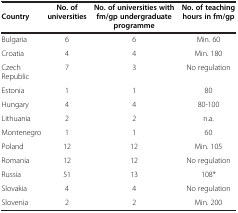
<table><thead><tr><td><b>Country</b></td><td><b>No. of universities</b></td><td><b>No. of universities with fm/gp undergraduate programme</b></td><td><b>No. of teaching hours in fm/gp</b></td></tr></thead><tbody><tr><td>Bulgaria</td><td>6</td><td>6</td><td>Min. 60</td></tr><tr><td>Croatia</td><td>4</td><td>4</td><td>Min. 180</td></tr><tr><td>Czech Republic</td><td>7</td><td>3</td><td>No regulation</td></tr><tr><td>Estonia</td><td>1</td><td>1</td><td>80</td></tr><tr><td>Hungary</td><td>4</td><td>4</td><td>80-100</td></tr><tr><td>Lithuania</td><td>2</td><td>2</td><td>n.a.</td></tr><tr><td>Montenegro</td><td>1</td><td>1</td><td>60</td></tr><tr><td>Poland</td><td>12</td><td>12</td><td>Min. 105</td></tr><tr><td>Romania</td><td>12</td><td>12</td><td>No regulation</td></tr><tr><td>Russia</td><td>51</td><td>13</td><td>108*</td></tr><tr><td>Slovakia</td><td>4</td><td>4</td><td>No regulation</td></tr><tr><td>Slovenia</td><td>2</td><td>2</td><td>Min. 200</td></tr></tbody></table>